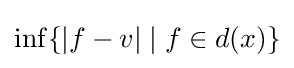
\inf\{|f-v|\mid f\in d(x)\}